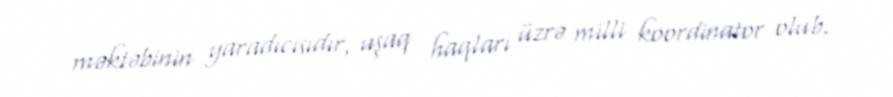
məktəbinin yaradıcısıdır, uşaq haqları üzrə milli koordinator olub.